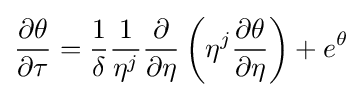
{\frac {\partial \theta }{\partial \tau }}={\frac {1}{\delta }}{\frac {1}{\eta ^{j}}}{\frac {\partial }{\partial \eta }}\left(\eta ^{j}{\frac {\partial \theta }{\partial \eta }}\right)+e^{\theta }